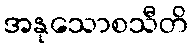
အနုသောစသီတိ